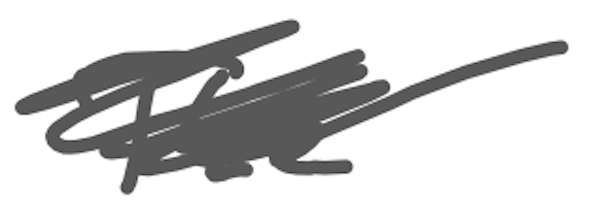
Text: The
Cross-out: scratch
Writing tool: digital_gray